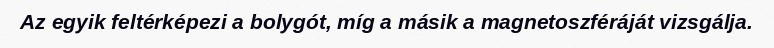
Az egyik feltérképezi a bolygót, míg a másik a magnetoszféráját vizsgálja.